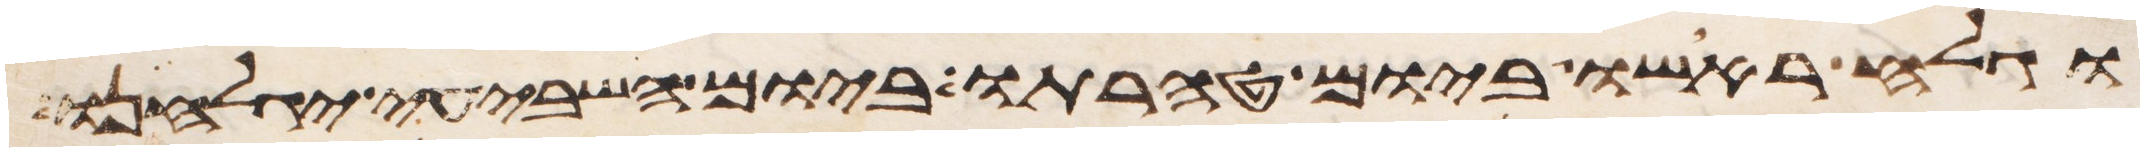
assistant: וגלח ראשו ביום טהרתו ביום השביעי יגלחנו